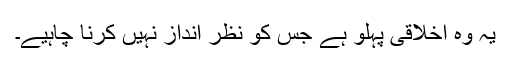
یہ وہ اخلاقی پہلو ہے جس کو نظر انداز نہیں کرنا چاہیے۔